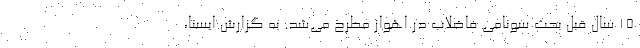
۱۵ سال قبل بحث سونامی فاضلاب در اهواز مطرح می‌شد. به گزارش ایسنا،